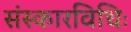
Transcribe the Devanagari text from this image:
संस्कारविधिः